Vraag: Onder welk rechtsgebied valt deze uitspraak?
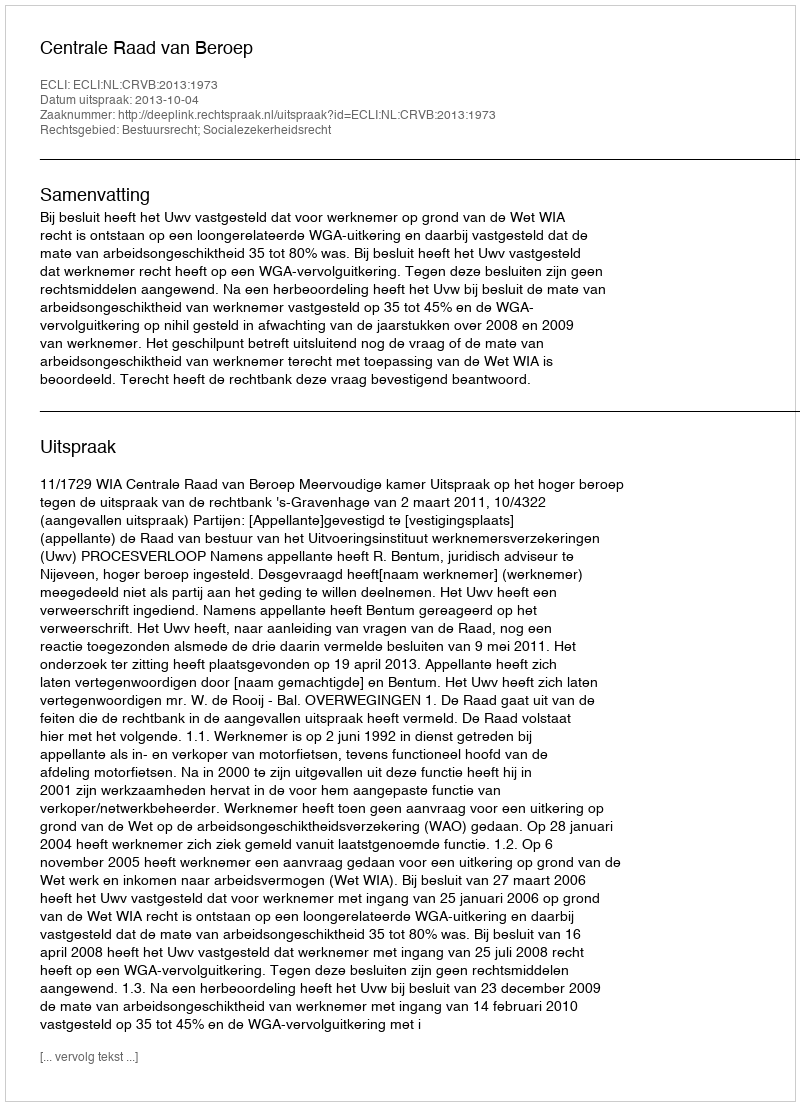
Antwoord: Bestuursrecht; Socialezekerheidsrecht